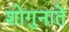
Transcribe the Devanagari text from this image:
शोगुनाते